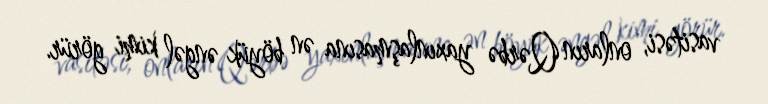
vasitəsi, onların Qərbə yaxınlaşmasına ən böyük əngəl kimi görür.